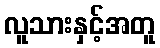
လူသားနှင့်အတူ